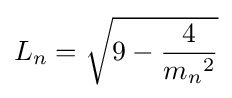
L_{n}={\sqrt {9-{4 \over {m_{n}}^{2}}}}